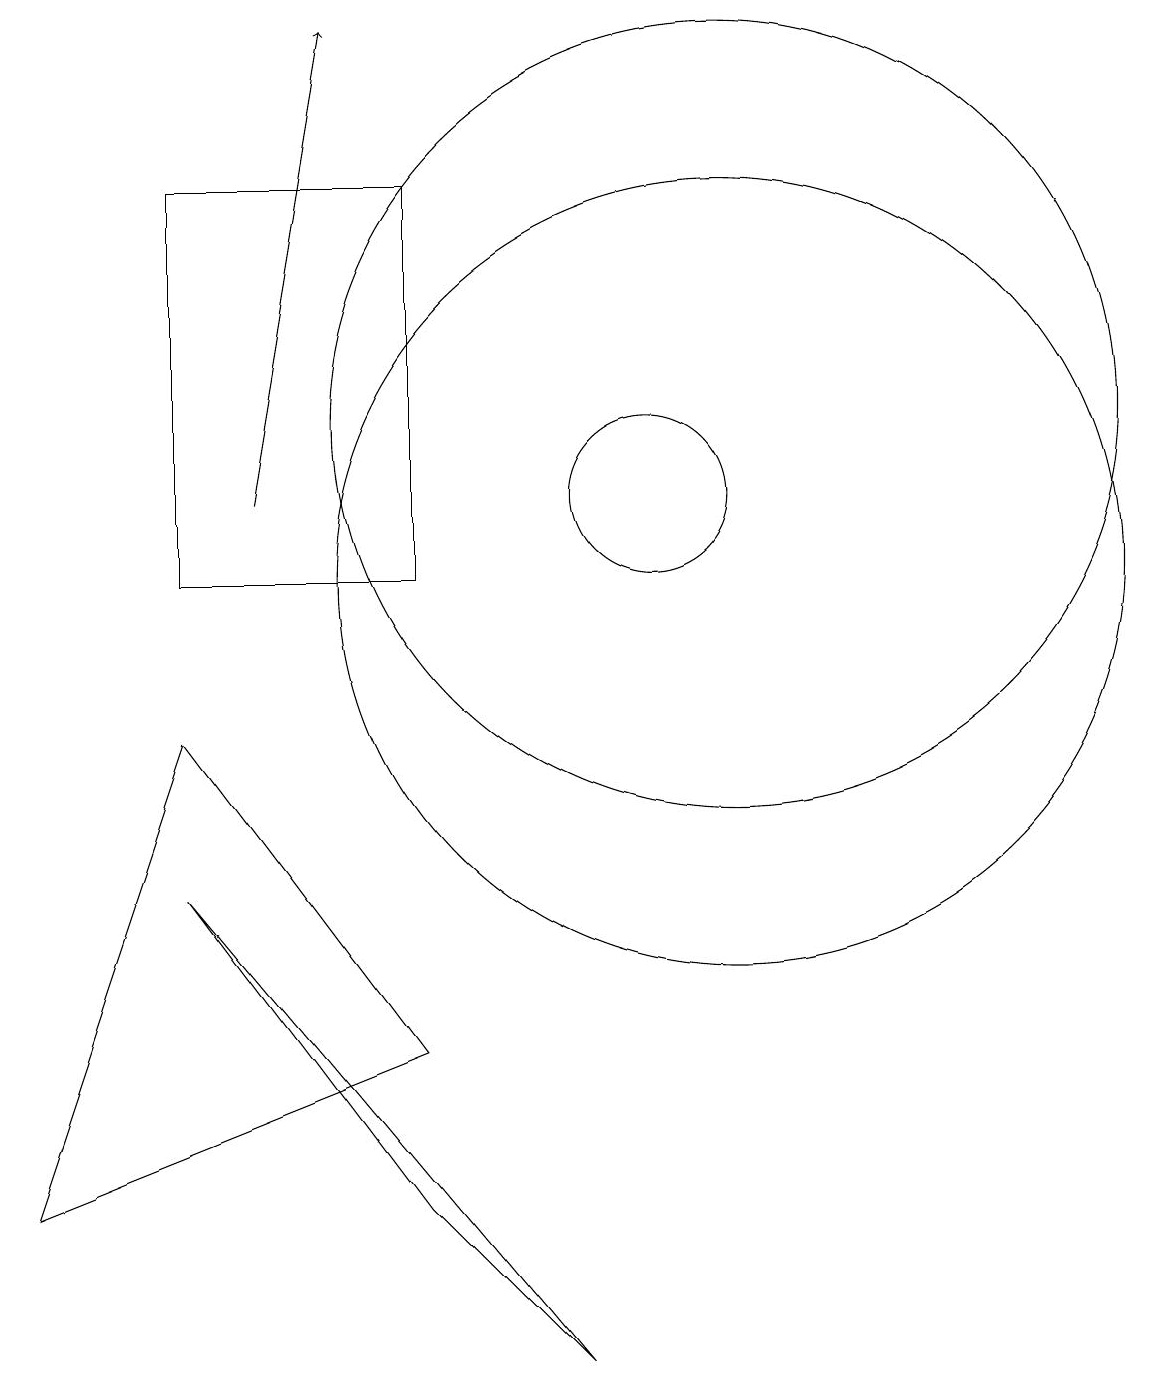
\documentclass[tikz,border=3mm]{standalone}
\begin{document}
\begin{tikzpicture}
\draw[->] (5,11) -- (6,17);
\draw (7,2) -- (9,0) -- (4,6) -- cycle;
\draw (4,15) rectangle (7,10);
\draw (11,12) circle (5);
\draw (11,10) circle (5);
\draw (7,4) -- (2,2) -- (4,8) -- cycle;
\draw (10,11) circle (1);
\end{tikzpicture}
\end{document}